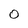
Character: 0